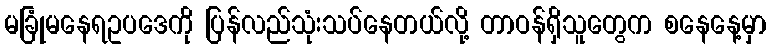
မခြုံမနေရဥပဒေကို ပြန်လည်သုံးသပ်နေတယ်လို့ တာဝန်ရှိသူတွေက စနေနေ့မှာ